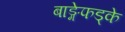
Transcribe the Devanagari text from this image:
बाङ्गेफड्के